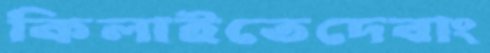
কিলাইতেদেবাং